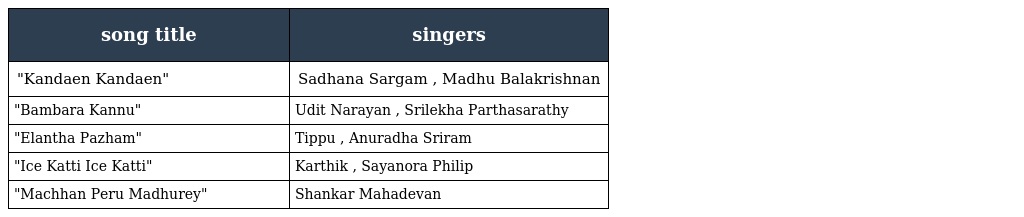
| song title | singers |
 | --- | --- |
 | "Kandaen Kandaen" | Sadhana Sargam , Madhu Balakrishnan |
 | "Bambara Kannu" | Udit Narayan , Srilekha Parthasarathy |
 | "Elantha Pazham" | Tippu , Anuradha Sriram |
 | "Ice Katti Ice Katti" | Karthik , Sayanora Philip |
 | "Machhan Peru Madhurey" | Shankar Mahadevan |